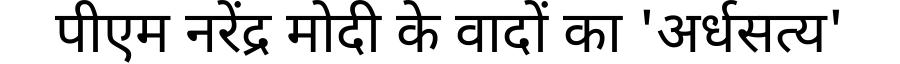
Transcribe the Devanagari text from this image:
पीएम नरेंद्र मोदी के वादों का 'अर्धसत्य'